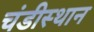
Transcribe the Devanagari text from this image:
चंडीस्‍थान